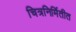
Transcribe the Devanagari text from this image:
चित्रनिर्मितीत